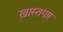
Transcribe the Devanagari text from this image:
ख़ास्तगार